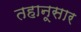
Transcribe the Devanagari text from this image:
तहानूसार